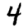
Digit: 4